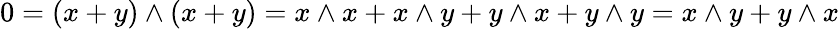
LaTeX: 0=(x+y)\wedge(x+y)=x\wedge x+x\wedge y+y\wedge x+y\wedge y=x\wedge y+y\wedge x